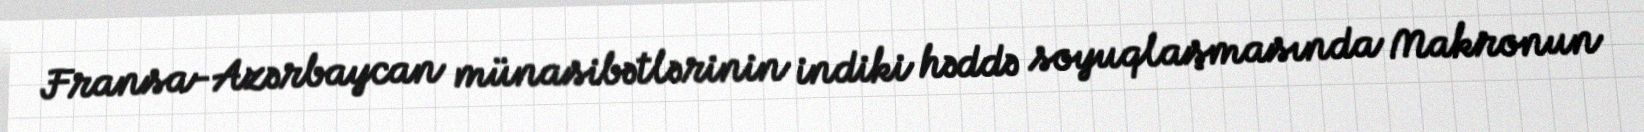
Fransa-Azərbaycan münasibətlərinin indiki həddə soyuqlaşmasında Makronun